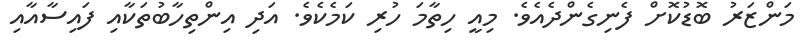
މަންޒަރު ބޮޑުކޮށް ފެނިގެންދެއެވެ. މިއީ ހިތާމަ ހުރި ކަމެކެވެ. އަދި އިންތިހާބުތަކާއި ފައިސާއާއި